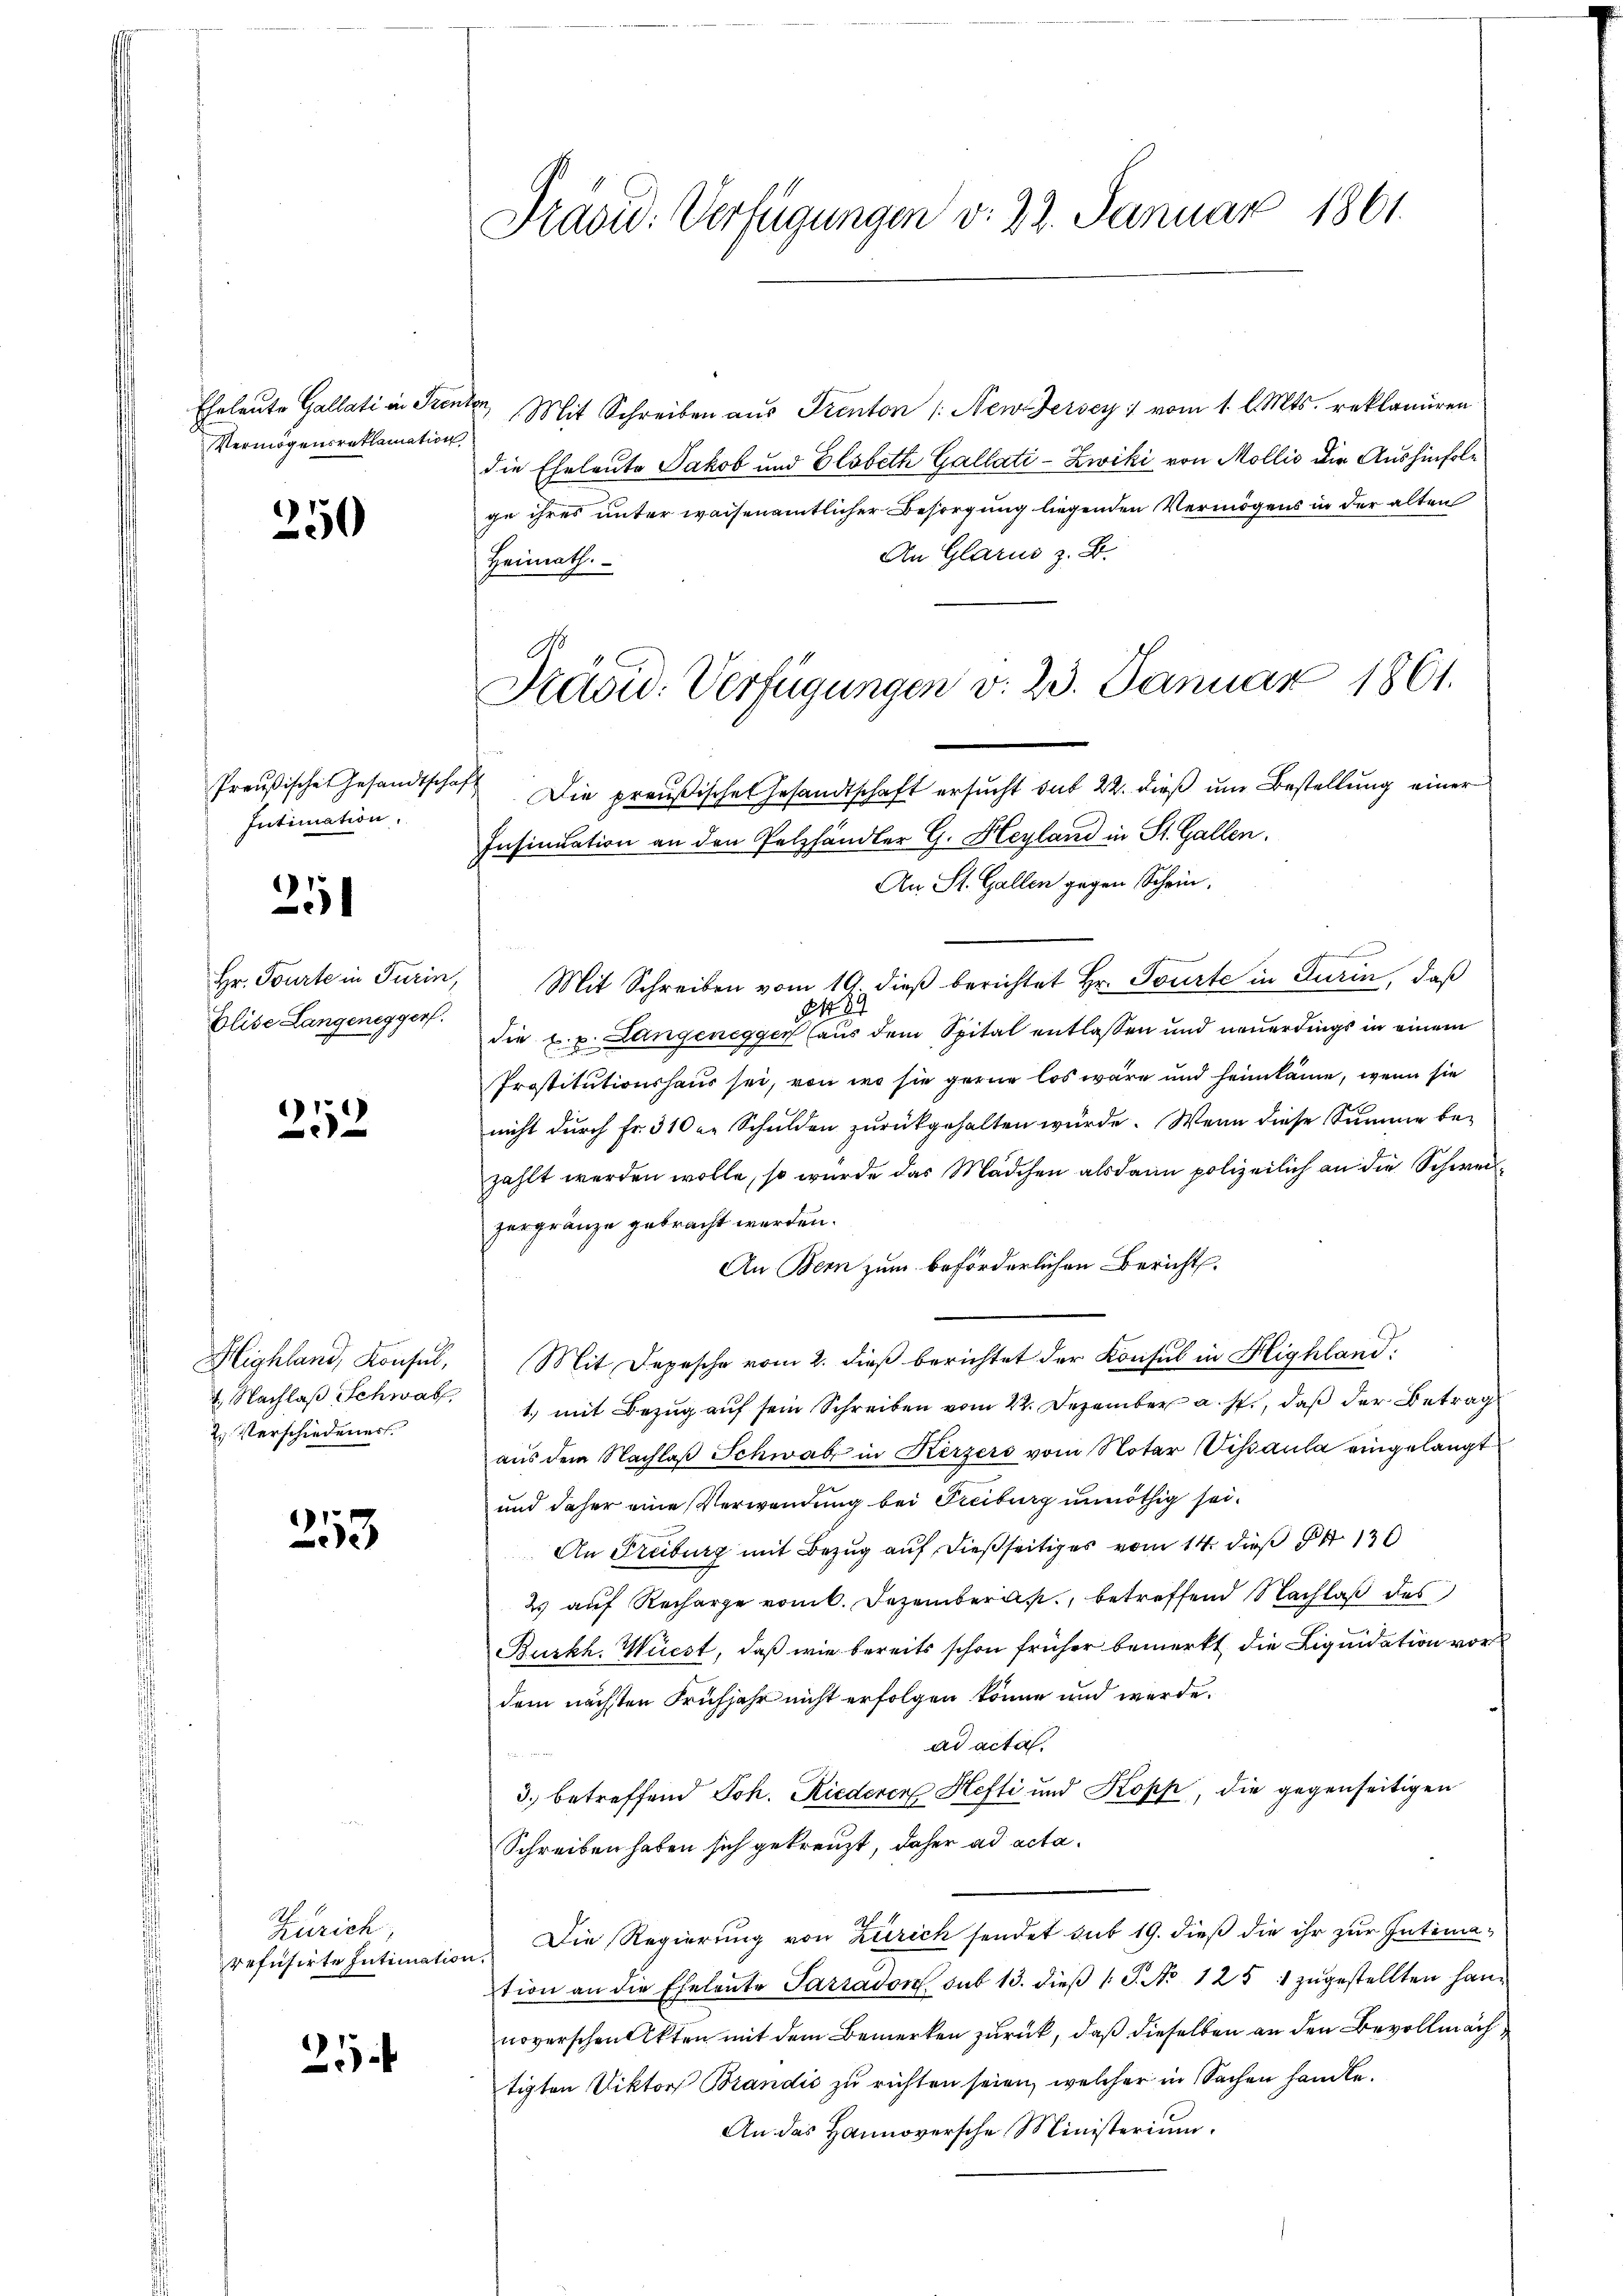
Vermögensreklamation

250

Intimation.

25

Elise Langenegger.

252

2. Verschiedener

213

Zürich,
refusirte Intimation.

25

Präved: Verfügungen v. 22. Januar 1861.

Eheleute Gallati in Stente Mit Schreiben aus Prenton New-Jersey: vom 1. l. Mts. reklamiren
die Eheleute Jakob und Elsbeth Gallati-Zwiki von Mollis die Aushinfolge ihres unter waisenamtlicher Besorgung liegenden Vermögens in der alten
An Glarus z. B.
Heimath.
Preußische Gesandtschaft Die preußisches Gesandtschaft ersucht das 22. dieß um Bestellung einer
Insinuation an den Pelzhändler G. Heyland in St. Gallen.
An St. Gallen gegen Schein,
e
Hr. Tourte in Turin, Mit Schreiben vom 19. dieβ berichtet Hr. Tourte in Turin, daß

die L. v. Langenegger (aus dem Spital entlassen und neuerdings in einem
Prostitutionshaus sei, von wo sie gerne los wäre und heimkäme, wenn sie
nicht durch Fr. 310 u. Schulden zurückgehalten würde. Wenn diese Summe bezahlt werden wolle, so wurde das Mädchen alsdann polizeilich an die Schweilzergränze gebracht werden.
An Bern zum beförderlichen Bericht
Highland, Konsul, Mit Depesche vom 2. dieβ berichtet der Konsul in Highland:
1. Nachlaβ Schwab 1 mit Bezŭg aŭf sein Schreiben vom 22. Dezember a. p., daß der Betrag
aus dem Nachlaβ Schwab in Kerzers vom Notar Visaula eingelangt
und daher eine Verwendung bei Freiburg unnöthig sei¬
An Freiburg mit Bezug auf dießseitiges vom 14. dieß 136
2 auf Recharge vom 6. Dezembergs, betreffend Nachlaß des
Burkh. Wüest, daß wie bereits schon früher bemerkt die Liquidation vor
dem nächsten Frühjahr nicht erfolgen könne und werde.
ad acta.
3. betreffend Joh. Riederen Hefti und Kopp, die gegenseitigen
Schreiben haben sich gekreuzt, daher ad acta¬
Die Regierung von Zürich sendet sub 19. dieß die ihr zur Intimation an die Eheleute Paradon sub 13. dieβ (: S. No 125 1 zŭgestellten Hannoverschen Akten mit dem Bemerken zurück, daß dieselben an den Bevollmachtigten Viktor Brandis zu richten seien, welcher in Sachen handle.
An das Hannoversche Ministerium.

Präsid. Verfügungen v. 23. Januar 1861.